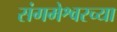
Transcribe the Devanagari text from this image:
संगमेश्वरच्या